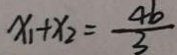
x _ { 1 } + x _ { 2 } = \frac { 4 b } { 3 }